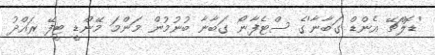
'ޑޮލްޗޭ އެންޑް ގަބާނާ'ގެ ސްޓެފާނޯ ގަބާނާ ބުނުމުން މަންމަ މޭންޑީ ޓީފޭ ރައްދު